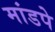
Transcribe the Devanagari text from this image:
मांडपे